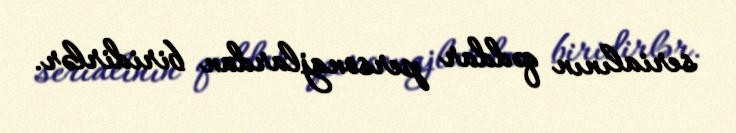
serialının qəddar personajlardan biridirlər.